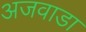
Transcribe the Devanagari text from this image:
अजवाडा